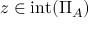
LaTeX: z \in \operatorname { i n t } ( \Pi _ { A } )